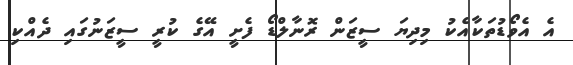
އެ އެވޯޑުތަކާއެކު މިދިޔަ ސީޒަން ރޮނާލްޑޯ ފެށީ އޭގެ ކުރީ ސީޒަނުގައި ދެއްކި